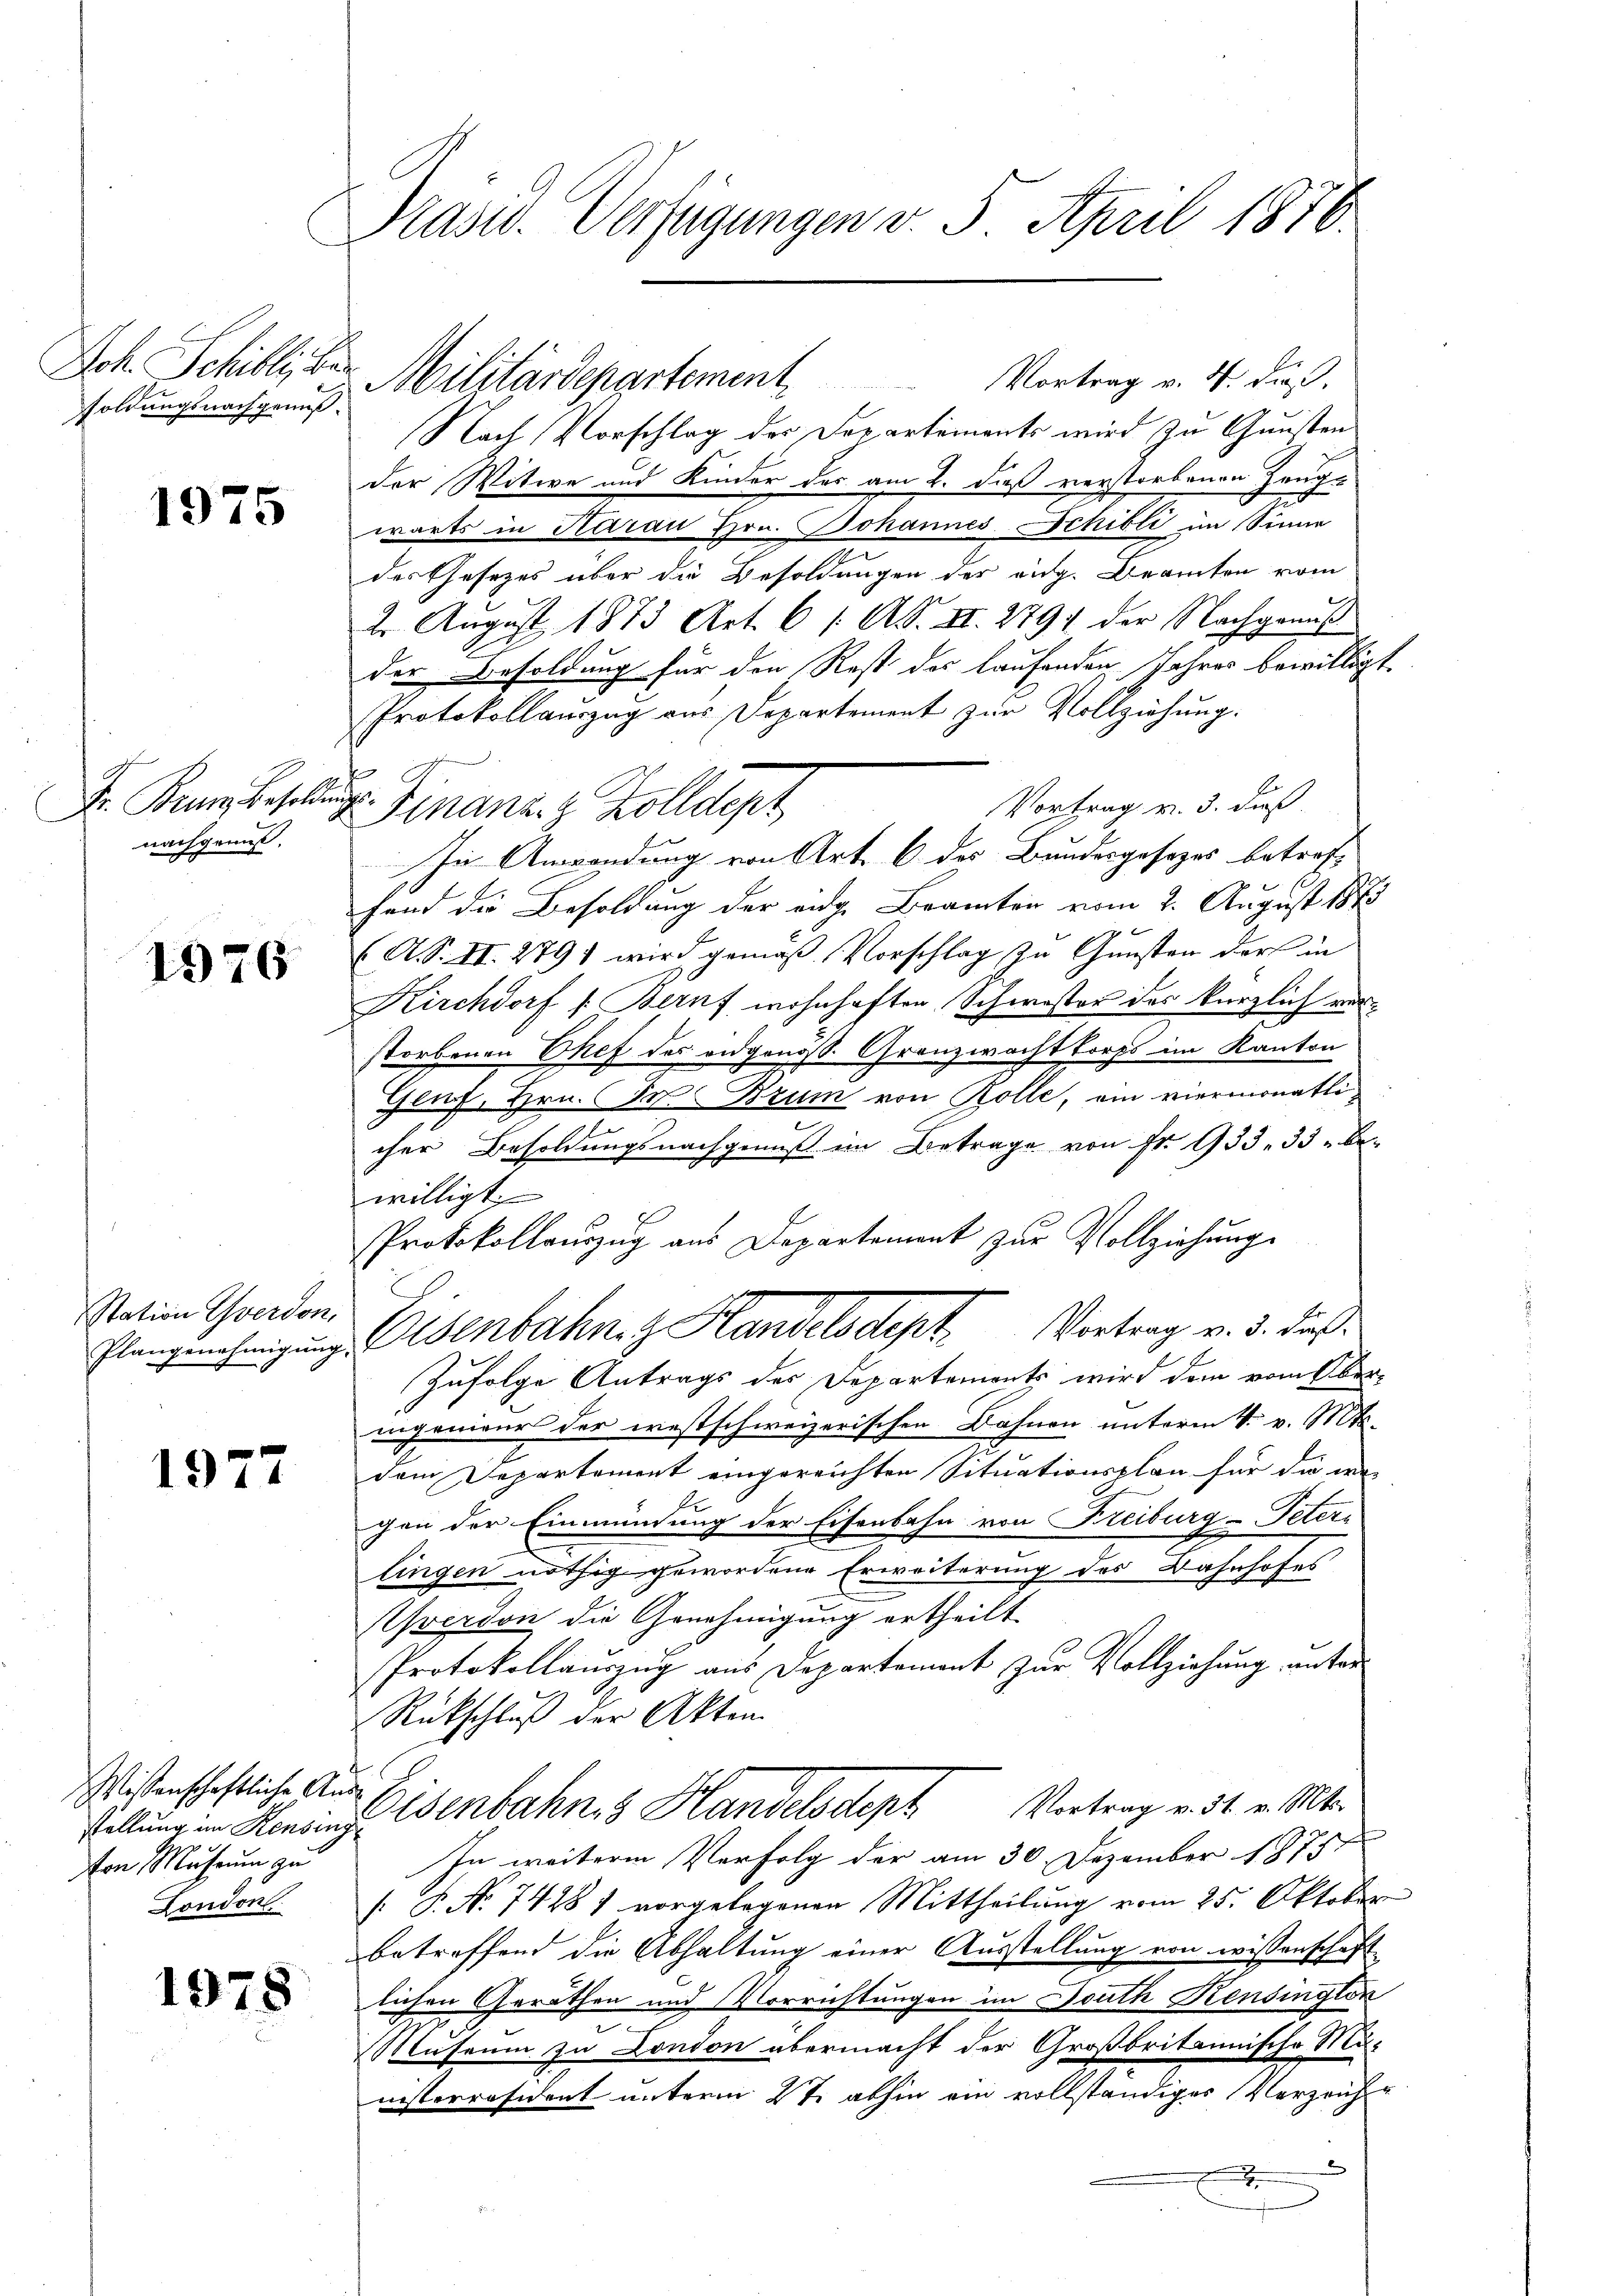
soldungsnachgenuß.

1975

Fr. Brum, Besolde
nachgennst,

1976

Station Yverdon,

1977

Wissenschaftliche Aus-
von Museum zu
London

1978

Prasw. Verfügungen v. 5. April 1876.

Joh. Schilli, der Militärdepartement. Vortrag v. 4. dieß.
Nach Vorschlag der Departements wird zu Gunsten
der Witwe und Kinder des am 2. daß verstorbenen Zeuge
wärts in Kurau Hrn. Johannes Schilli im Sinne
des Gesezes über die Besoldungen der eidg. Beamten vom
2. August 1873 Art. 6 /: A. II. 2791 der Nachgenuß
der Besoldung für den Rest des laufenden Jahres bewilligt.
Protokollauszug aus Departement zur Vollziehung.
Vortrag v. 3. daß
D. Finanz- & Zolldept
In Anwendung von Art. 6 des Bundesgesezes betrof-
fend die Besoldung der aug. Beamten vom 2. August 1873
(A.S. II. 279) wird gemäß Vorschlag zu Gunsten der in
Kirchdorf /: Beruf wohnhaften Schwestor des kürzlich vorstorbenen Chef des eidgenös. Granzwacht korps im Kanton
Genz, Hrn. F. Bzum von Rolle, am viermonatlie
cher Besoldungsnachgenuß im Betrage von fr. 133 33 bewilligt.
Protokollanzug aus Departement zur Vollziehung
Plangenehmigung Altenbahnez Handelsdept. Vortrag v. 3. daß
Zufolge Antrags der Departements wird dem vom Ober-
iigenieur der westschweizerischen Bahnen unterm 4. v. Mts.
dem Departement eingereichten Situationsplan für die we-
chen der Einmündung der Eisenbahn von Freiburg-Petere
lingen nöthig gewordene Erweiterung des Bahnhofes
Yverdon die Genehmigung ertheilt.
Protokollauszug aus Departement zur Vollziehung anter¬
Rückschluß der Akten.
füllung im Konsins isenbahn. Handelsdept Vortrag v. 31. v. Mts.
In weitere Verfolg der am 30. Dezember 1875
[: P. Nr. 74281 vorgelegenen Mittheilŭng vom 25. Oktober
betreffend die Abhaltung einer Ausstellung von wissenschaft
lichen Geräthen und Vorrichtungen im Douth Kensington
Museum zu London übermacht der Großbritannische Mu
nisserräsident unterm 27. abhin ein vollständiges Verzeich-
x